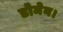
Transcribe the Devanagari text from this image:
डोमेन।